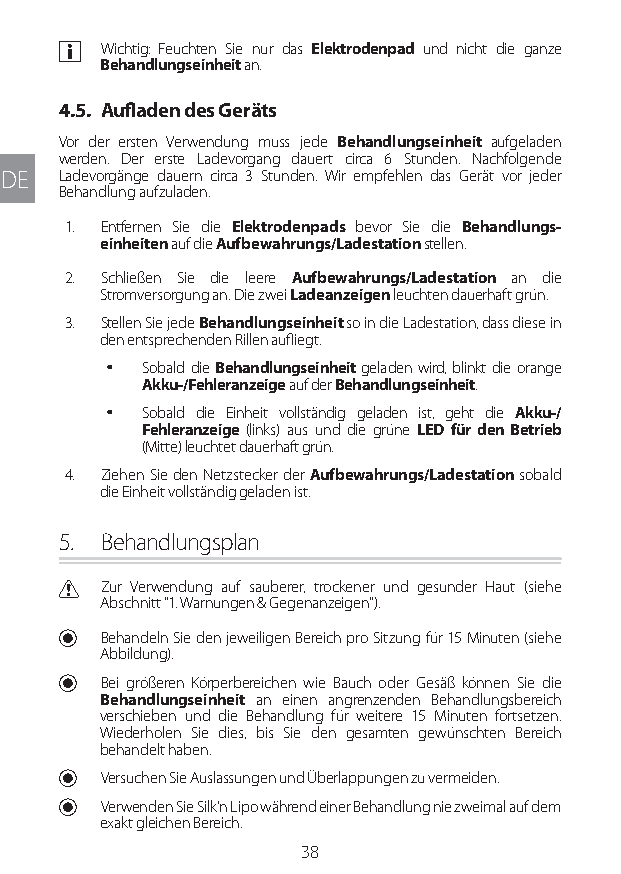
a Wichtig: Feuchten Sie nur das Elektrodenpad und nicht die ganze
 Behandlungseinheit an.
 4.5. Aufladen des Geräts
 Vor der ersten Verwendung muss jede Behandlungseinheit aufgeladen
 werden. Der erste Ladevorgang dauert circa 6 Stunden. Nachfolgende
 DE  Ladevorgänge dauern circa 3 Stunden. Wir empfehlen das Gerät vor jeder
 Behandlung aufzuladen.
 1. Entfernen Sie die Elektrodenpads bevor Sie die Behandlungs-
 einheiten auf die Aufbewahrungs/Ladestation stellen.
 2. Schließen Sie die leere Aufbewahrungs/Ladestation an die
 Stromversorgung an. Die zwei Ladeanzeigen leuchten dauerhaft grün.
 3. Stellen Sie jede Behandlungseinheit so in die Ladestation, dass diese in
 den entsprechenden Rillen aufliegt.
 y Sobald die Behandlungseinheit geladen wird, blinkt die orange
 Akku-/Fehleranzeige auf der Behandlungseinheit.
 y Sobald die Einheit vollständig geladen ist, geht die Akku-/
 Fehleranzeige (links) aus und die grüne LED für den Betrieb
 (Mitte) leuchtet dauerhaft grün.
 4. Ziehen Sie den Netzstecker der Aufbewahrungs/Ladestation sobald
 die Einheit vollständig geladen ist.
 5. Behandlungsplan
 C Zur Verwendung auf sauberer, trockener und gesunder Haut (siehe
 Abschnitt "1. Warnungen & Gegenanzeigen").
 U Behandeln Sie den jeweiligen Bereich pro Sitzung für 15 Minuten (siehe
 Abbildung).
 U Bei größeren Körperbereichen wie Bauch oder Gesäß können Sie die
 Behandlungseinheit an einen angrenzenden Behandlungsbereich
 verschieben und die Behandlung für weitere 15 Minuten fortsetzen.
 Wiederholen Sie dies, bis Sie den gesamten gewünschten Bereich
 behandelt haben.
 U Versuchen Sie Auslassungen und Überlappungen zu vermeiden.
 U Verwenden Sie Silk'n Lipo während einer Behandlung nie zweimal auf dem
 exakt gleichen Bereich.
 38
 Lipo UM EU124 3545B inside ALL EU124 ED296-24 release.indd 38 14/08/2018 10:57:34